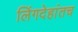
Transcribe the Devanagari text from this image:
लिंगदेहांतच